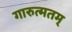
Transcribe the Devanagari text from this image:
गारुत्मतम्